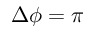
\Delta \phi = \pi